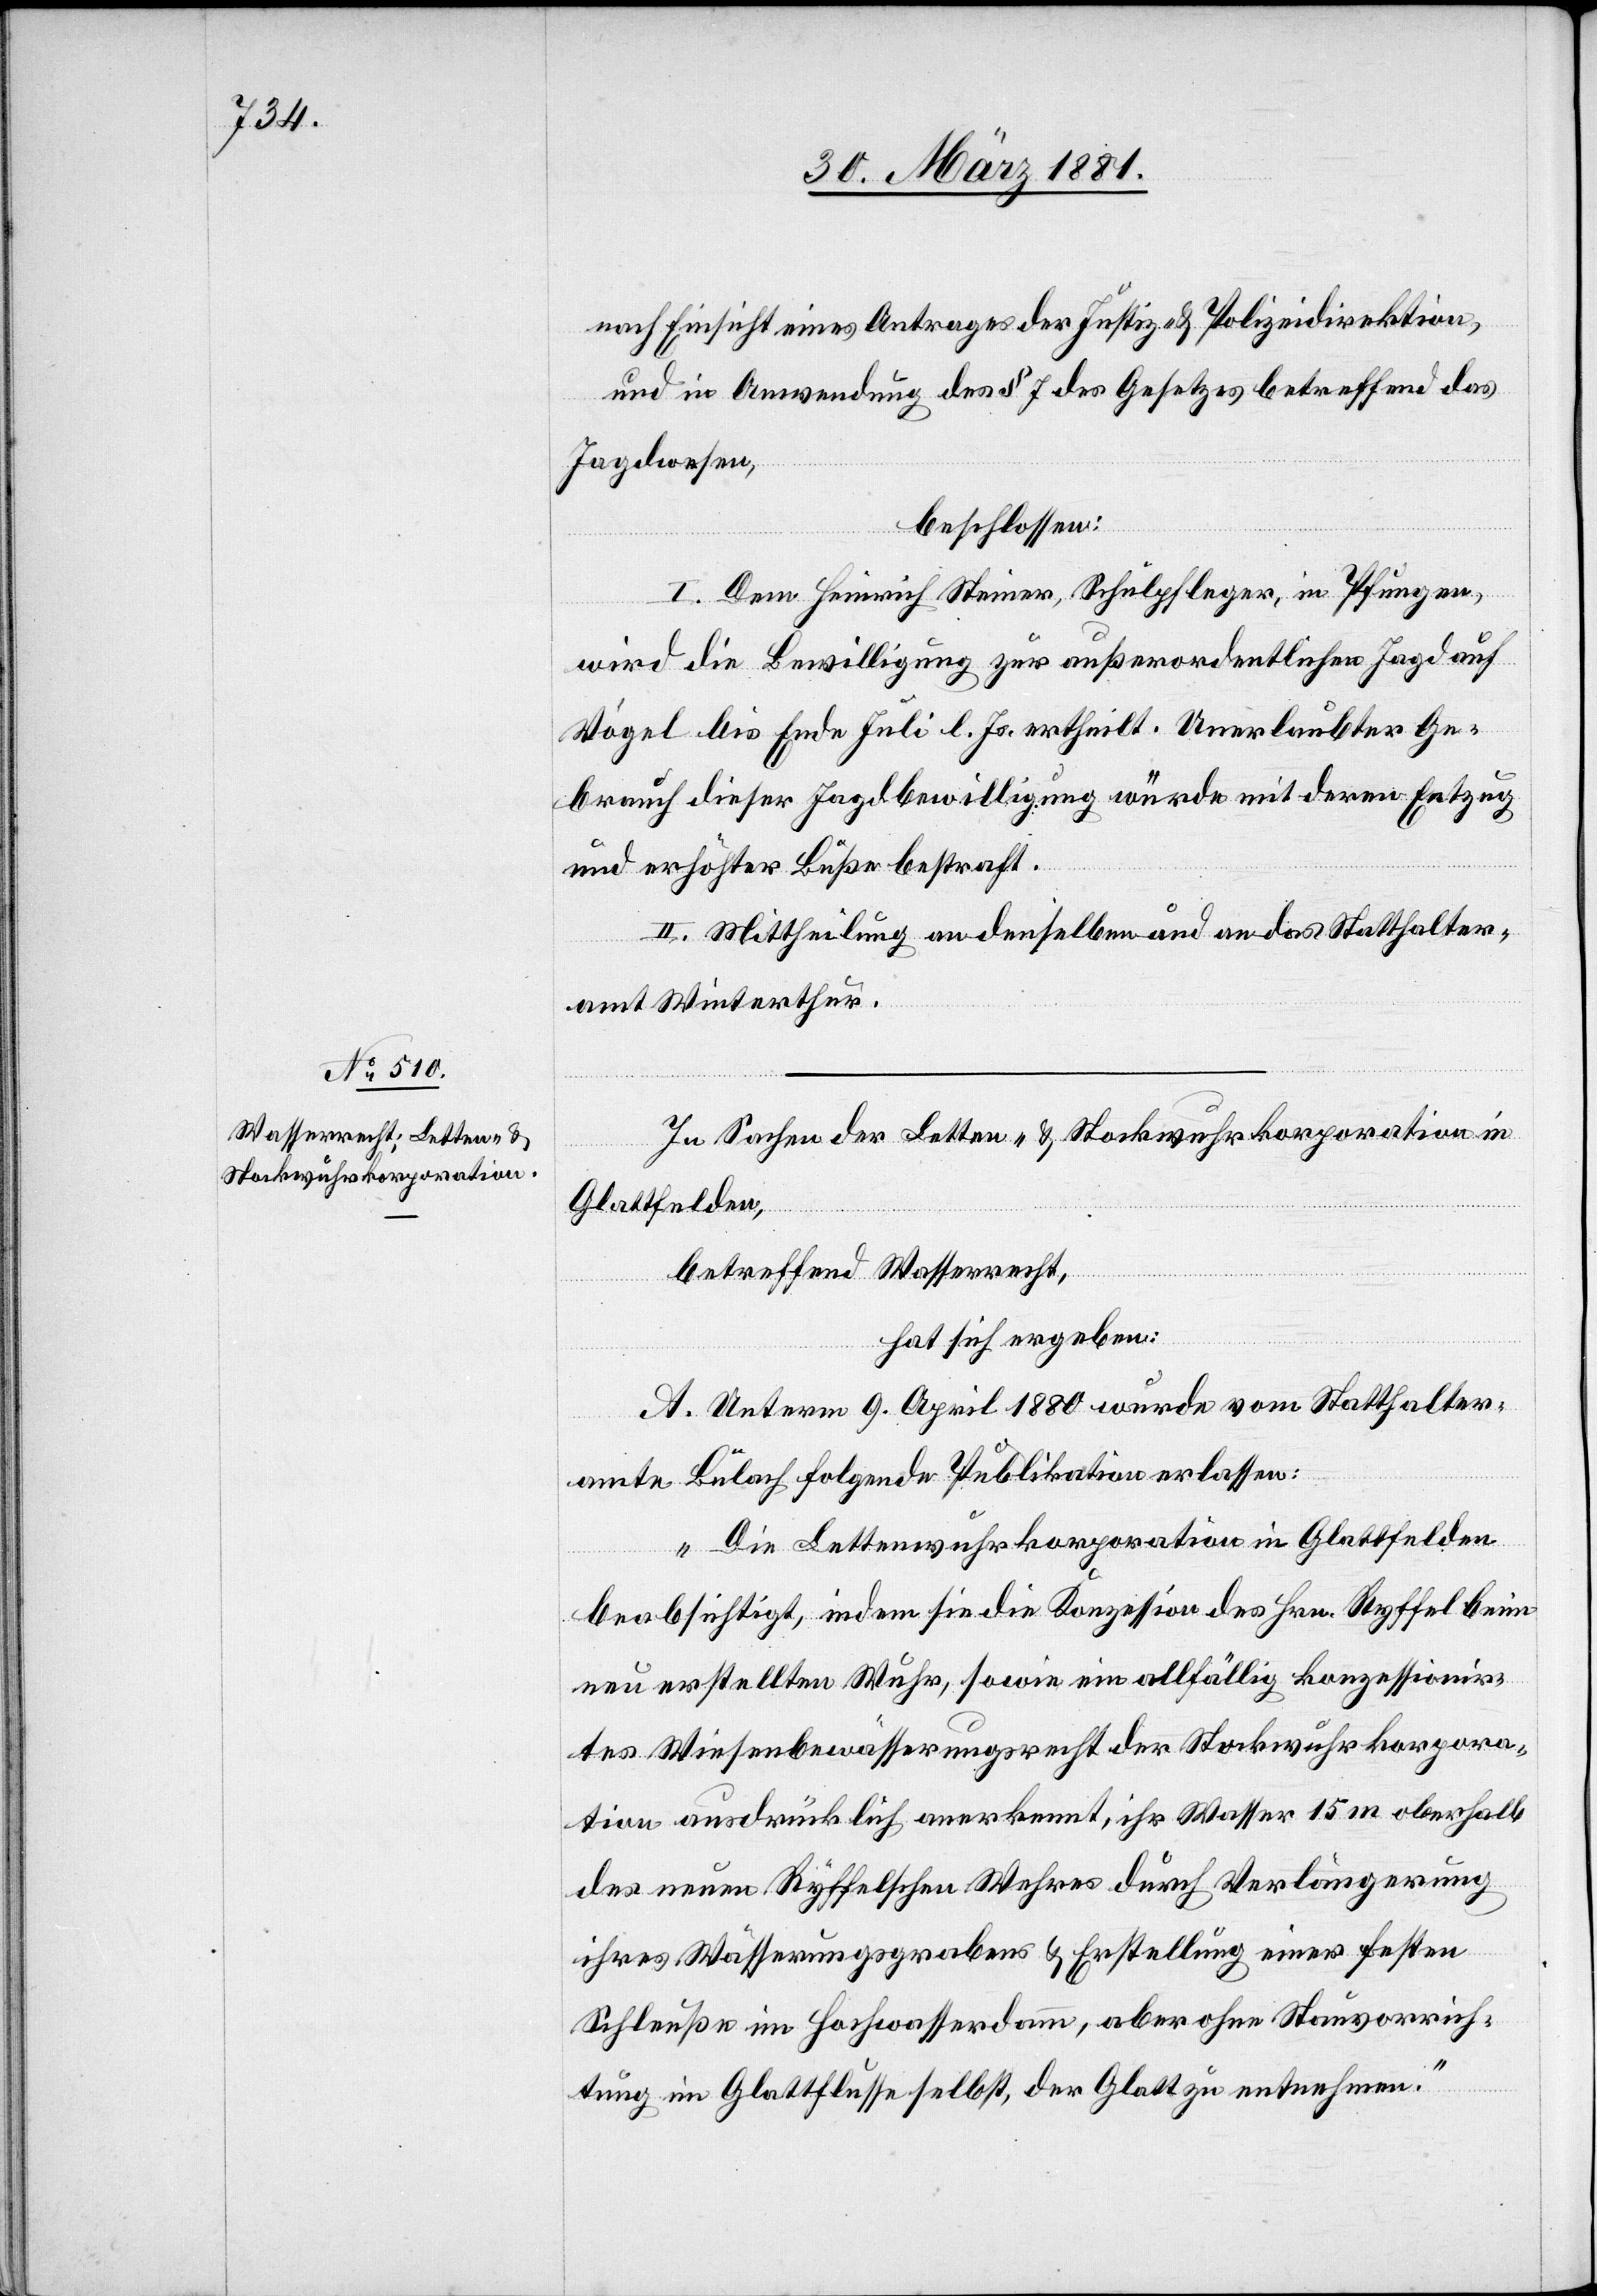
nach Einsicht eines Antrages der Justiz- & Polizeidirektion,
und in Anwendung des § 7 des Gesetzes betreffend das
Jagdwesen,
beschlossen:
I. Dem Heinrich Steiner, Schulpfleger, in Pfungen,
wird die Bewilligung zur außerordentlichen Jagd auf
Vögel bis Ende Juli d. Js. ertheilt. Unerlaubter Ge¬
brauch dieser Jagdbewilligung würde mit deren Entzug
und erhöhter Buße bestraft.
II. Mittheilung an denselben und an das Statthalter¬
amt Winterthur.
In Sachen der Letten- & Stockwuhrkorporation in
Glattfelden,
betreffend Wasserrecht,
hat sich ergeben:
A. Unterm 9. April 1880 wurde vom Statthalter¬
amte Bülach folgende Publikation erlassen:
„Die Lettenwuhrkorporation in Glattfelden
beabsichtigt, indem sie die Konzession des Hrn. Ryffel beim
neu erstellten Wuhr, sowie ein allfällig konzessionir¬
tes Wiesenbewässerungsrecht der Stockwuhrkorpora¬
tion ausdrücklich anerkennt, ihr Wasser 15 m oberhalb
des neuen Ryffelschen Wehres durch Verlängerung
ihres Wässerungsgrabens & Erstellung einer festen
Schleuße im Hochwasserdamm, aber ohne Stauvorrich¬
tung im Glattflusse selbst, der Glatt zu entnehmen.“